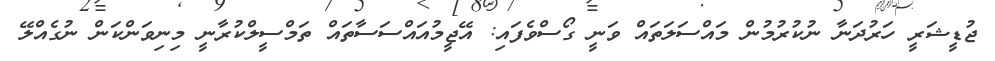
ޖުޑީޝަރީ ހަރުދަނާ ނުކުރުމުން މައްސަލަތައް ވަނީ ގޯސްވެފައި: އޭޖީމުއައްސަސާތައް ތަމްސީލްކުރާނީ މިނިވަންކަން ނުގެއްލޭ